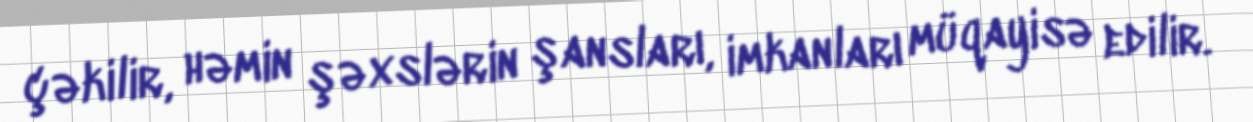
çəkilir, həmin şəxslərin şansları, imkanları müqayisə edilir.